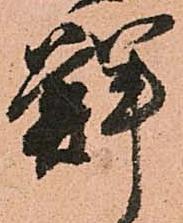
鮮